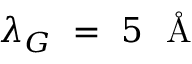
\lambda _ { G } ~ = ~ 5 ~ \mathrm { ~ \AA ~ }